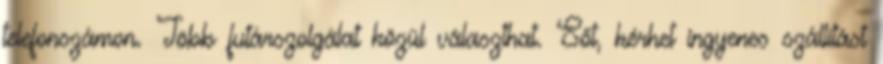
telefonszámon. Több futárszolgálat közül választhat. Sőt, kérhet ingyenes szállítást